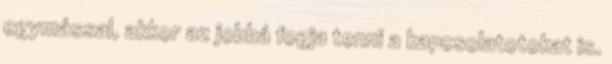
egymással, akkor az jobbá fogja tenni a kapcsolatotokat is.